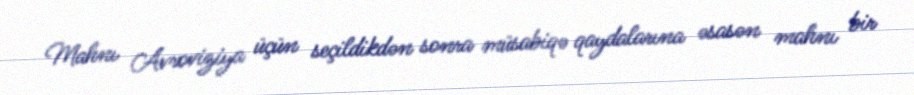
Mahnı Avroviziya üçün seçildikdən sonra müsabiqə qaydalarına əsasən mahnı bir